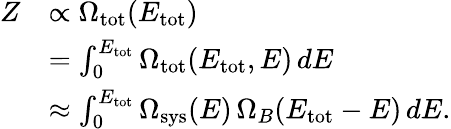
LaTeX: \begin{array}{rl}{Z}&{\propto\Omega_{\mathrm{tot}}(E_{\mathrm{tot}})}\\ &{=\int_{0}^{E_{\mathrm{tot}}}\Omega_{\mathrm{tot}}(E_{\mathrm{tot}},E)\, dE}\\ &{\approx\int_{0}^{E_{\mathrm{tot}}}\Omega_{\mathrm{sys}}(E)\, \Omega_{B}(E_{\mathrm{tot}}-E)\, dE.}\end{array}